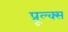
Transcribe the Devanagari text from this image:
प्रूल्क्स